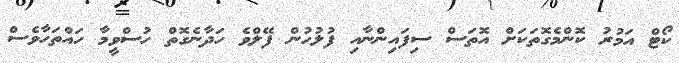
ކޯޓް އަމުރު ކޮންމެގޮތަކަށް އޮތަސް ސިފައިންނާއި ފުލުހުން ފޭލްވެ ހަދާނެގޮތް ހުސްވީމާ ހައްތަހާވެސް